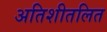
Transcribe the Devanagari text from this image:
अतिशीतलित